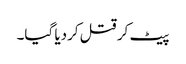
پیٹ کر قتل کردیا گیا۔